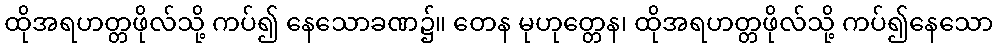
ထိုအရဟတ္တဖိုလ်သို့ ကပ်၍ နေသောခဏ၌။ တေန မုဟုတ္တေန၊ ထိုအရဟတ္တဖိုလ်သို့ ကပ်၍နေသော